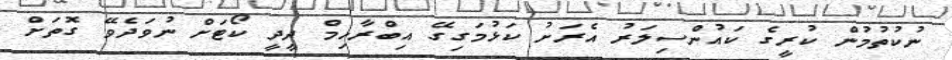
ނުކުތުމުން ކުރީގެ ކައުންސިލަރު އެރަށު ކަޅުމަގިގޭ އިބްރާހިމް ދީދީ ކޯޓަށް ނުވަދެވޭ ގޮތަށް